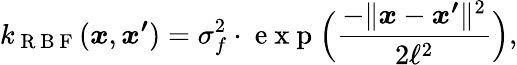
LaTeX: k_{\mathrm{~R~B~F~}}(\boldsymbol{x},\boldsymbol{x^{\prime}})=\sigma_{f}^{2}\cdot\mathrm{~e~x~p~}\Big(\frac{-\lVert\boldsymbol{x}-\boldsymbol{x^{\prime}}\rVert^{2}}{2\ell^{2}}\Big),